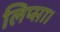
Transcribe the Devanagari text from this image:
लिप्सा।